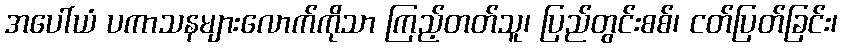
အပေါ်ယံ ပကာသနများလောက်ကိုသာ ကြည့်တတ်သူ၊ ပြည်တွင်းစစ်၊ ငတ်ပြတ်ခြင်း၊